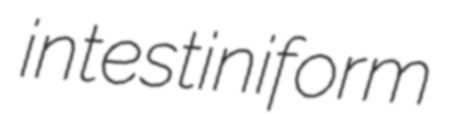
intestiniform